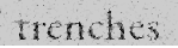
trenches